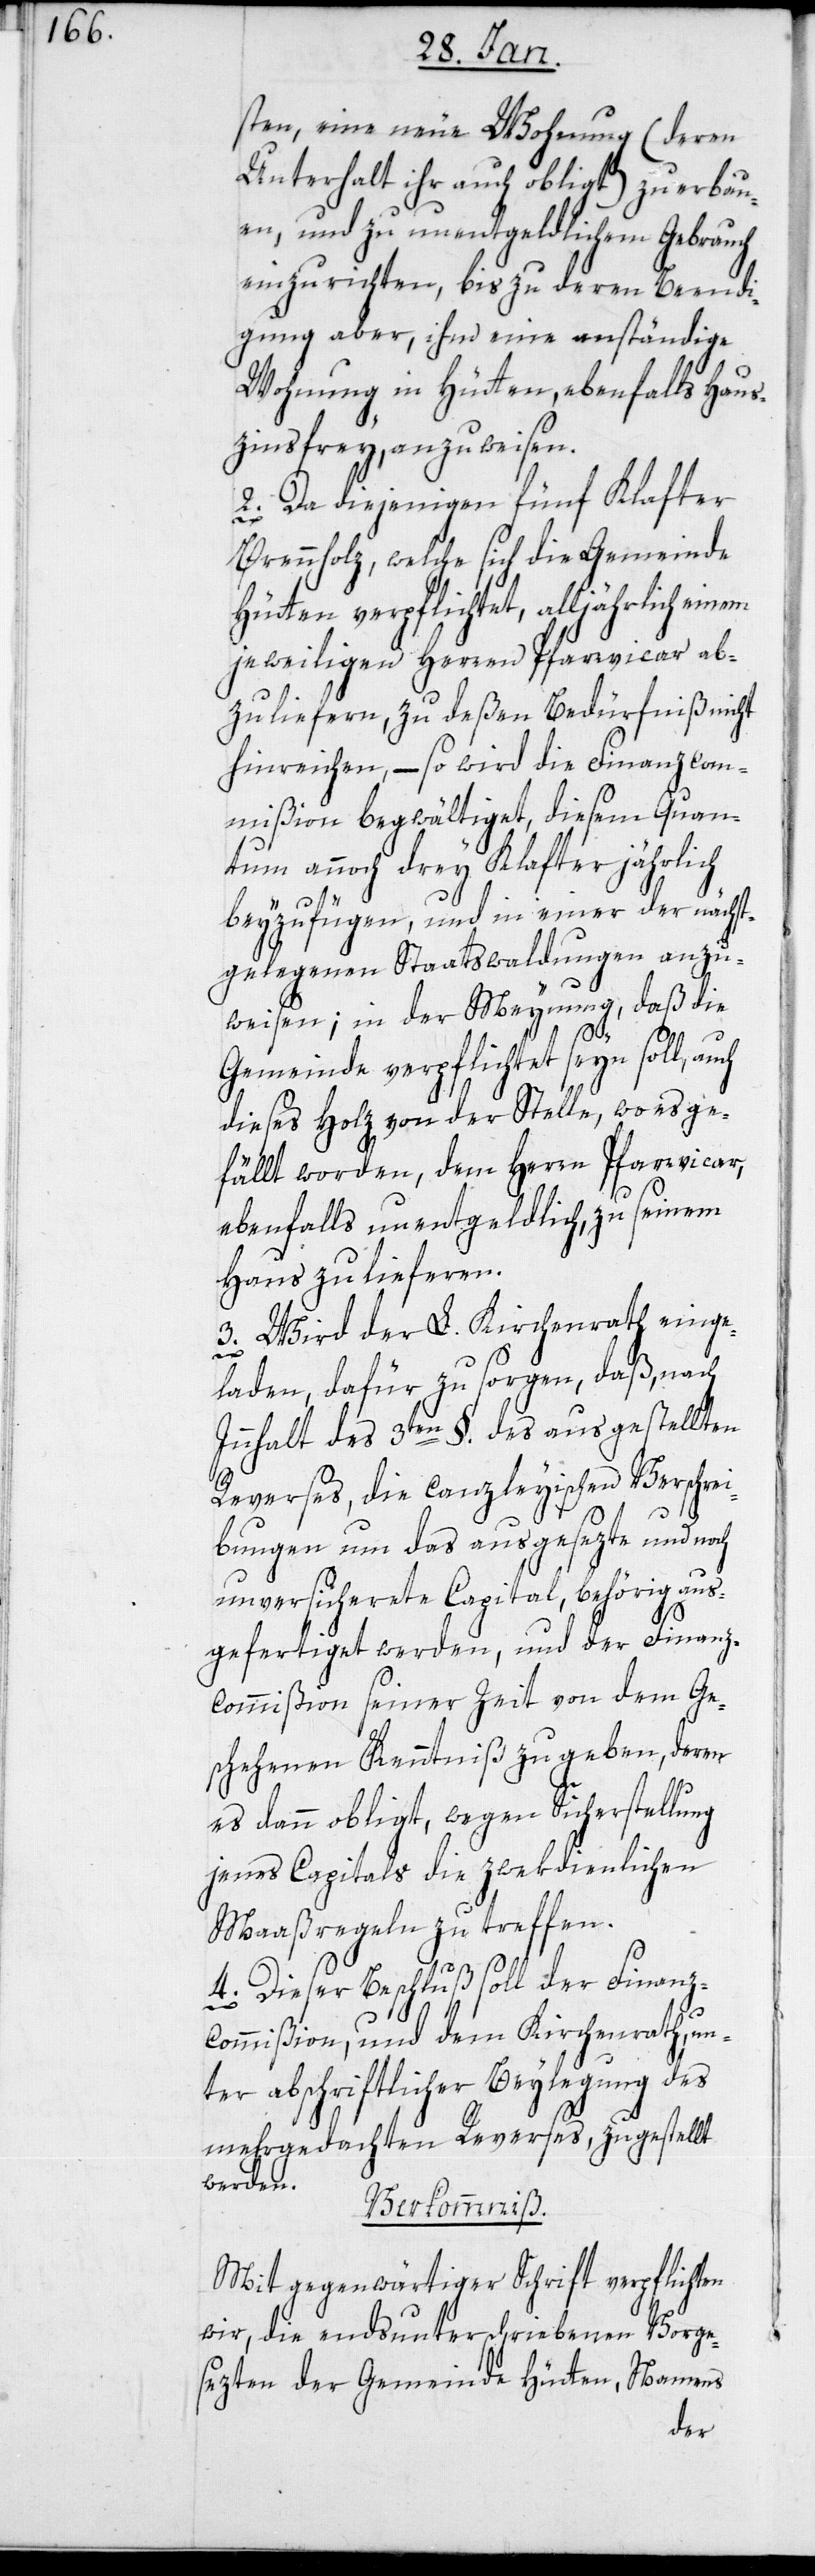
sten, eine neue Wohnung (deren
Unterhalt ihr auch obligt) zu erbau¬
en, und zu unentgeldlichem Gebrauch
einzurichten, bis zu deren Beendi¬
gung aber, ihm eine anständige
Wohnung in Hütten, ebenfalls haus¬
zinsfrey, anzuweisen.
2. Da diejenigen fünf Klafter
Brennholz, welche sich die Gemeinde
Hütten verpflichtet, alljährlich einem
jeweiligen Herren Pfarrvicar ab¬
zuliefern, zu deßen Bedürfniß nicht
hinreichen, – so wird die Finanzcom¬
mißion begwältiget, diesem Quan¬
tum annoch drey Klafter jährlich
beyzufügen, und in einer der nächst¬
gelegenen Staatswaldungen anzu¬
weisen; in der Meynung, daß die
Gemeinde verpflichtet seyn soll, auch
dieses Holz von der Stelle, wo es ge¬
fällt worden, dem Herrn Pfarrvicar,
ebenfalls unentgeldlich, zu seinem
Haus zu lieferen.
3. Wird der L. Kirchenrath einge¬
laden, dafür zu sorgen, daß, nach
Innhalt des 3ten §. des ausgestellten
Reverses, die canzleyischen Verschre¬
ibungen um das ausgesezte und noch
unversicherte Capital, behörig aus¬
gefertigt werden, und der Finanz¬
commißion seiner Zeit von dem Ge¬
schehenen Kenntniß zu geben, deren
es dann obligt, wegen Sicherstellung
jenes Capitals die zwekdienlichen
Maaßregeln zu treffen.
4. Dieser Beschluß soll der Finanz¬
commißion, und dem Kirchenrath, un¬
ter abschriftlicher Beylegung des
mehrgedachten Reverses, zugestellt
werden.
Verkommniß.
Mit gegenwärtiger Schrift verpflichten
wir, die endsunterschriebenen Vorge¬
sezten der Gemeinde Hütten, Namens